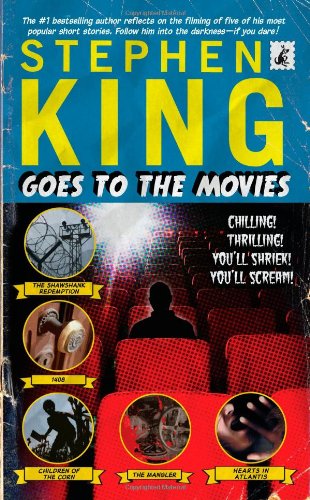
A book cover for Stephen King Goes to the Movies; Stephen King; Humor & Entertainment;